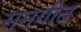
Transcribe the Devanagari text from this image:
समगीत